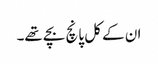
ان کے کل پانچ بچے تھے۔